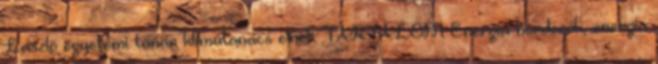
László egyetemi tanár klímatanács elnök TARTALOM Energia hordozók, energia